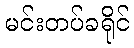
မင်းတပ်ခရိုင်